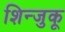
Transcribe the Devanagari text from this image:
शिन्जुकू